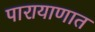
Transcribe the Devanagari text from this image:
पारायाणात